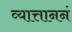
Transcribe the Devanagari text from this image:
व्यात्ताननं